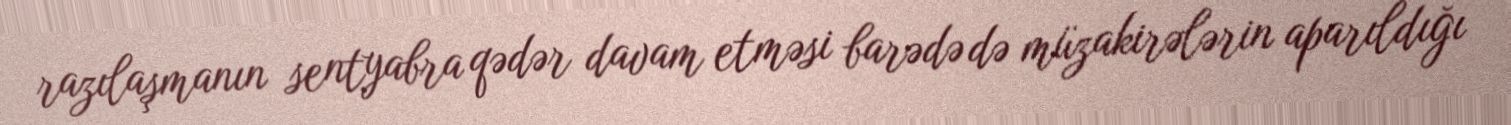
razılaşmanın sentyabra qədər davam etməsi barədə də müzakirələrin aparıldığı